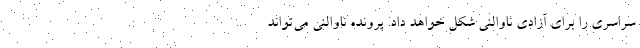
سراسری را برای آزادی ناوالنی شکل خواهد داد. پرونده ناوالنی می‌تواند